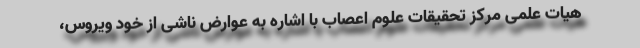
هیات علمی مرکز تحقیقات علوم اعصاب با اشاره به عوارض ناشی از خود ویروس،